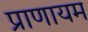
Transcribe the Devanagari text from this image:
प्राणायम